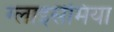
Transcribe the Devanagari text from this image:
ग्लाइसेमिया